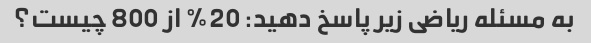
به مسئله ریاضی زیر پاسخ دهید: 20% از 800 چیست؟